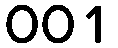
001